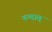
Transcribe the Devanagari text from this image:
नन्दात्